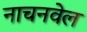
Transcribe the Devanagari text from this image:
नाचनवेल